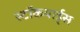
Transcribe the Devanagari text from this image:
स्टॉकयार्ड्स